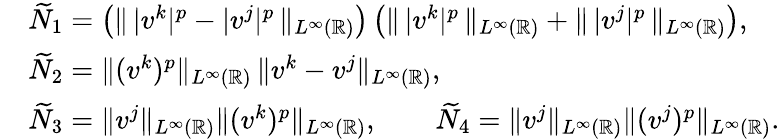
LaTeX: \begin{array}{rl}&{\widetilde{N}_{1}=\left(\| \, |v^{k}|^{p}-|v^{j}|^{p}\, \| _{L^{\infty}(\mathbb{R})}\right)\left(\| \, |v^{k}|^{p}\, \| _{L^{\infty}(\mathbb{R})}+\| \, |v^{j}|^{p}\, \| _{L^{\infty}(\mathbb{R})}\right),}\\ &{\widetilde{N}_{2}=\| (v^{k})^{p}\| _{L^{\infty}(\mathbb{R})}\, \| v^{k}-v^{j}\| _{L^{\infty}(\mathbb{R})},}\\ &{\widetilde{N}_{3}=\| v^{j}\| _{L^{\infty}(\mathbb{R})}\| (v^{k})^{p}\| _{L^{\infty}(\mathbb{R})},\qquad\widetilde{N}_{4}=\| v^{j}\| _{L^{\infty}(\mathbb{R})}\| (v^{j})^{p}\| _{L^{\infty}(\mathbb{R})}.}\end{array}